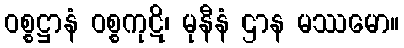
ဝစ္စဋ္ဌာနံ ဝစ္စကုဋိ၊ မုနီနံ ဌာန မဿမော။